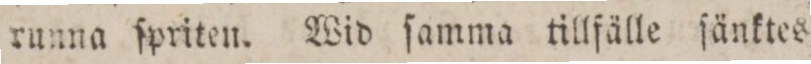
runna ſpriten. Wid ſamma tillfälle ſänktes